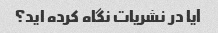
آیا در نشریات نگاه کرده اید؟